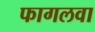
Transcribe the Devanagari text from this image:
फागलवा